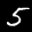
Label: 5